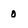
Character: 0